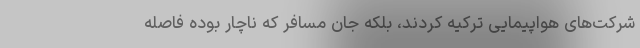
شرکت‌های هواپیمایی ترکیه کردند، بلکه جان مسافر که ناچار بوده فاصله